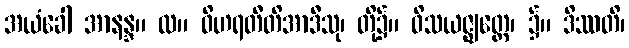
အယံခေါ အာနန္ဒ။ လ။ ဝိဟရတီတိအာဒီသု၊ တို့၌။ ဝိသယဇ္ဈတ္တေ၊ ၌။ ဒိဿတိ၊